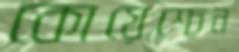
কোয়েশ্চেন